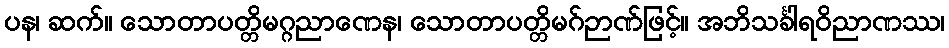
ပန၊ ဆက်။ သောတာပတ္တိမဂ္ဂညာဏေန၊ သောတာပတ္တိမဂ်ဉာဏ်ဖြင့်။ အဘိသင်္ခါရဝိညာဏဿ၊